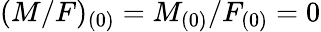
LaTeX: (M/F)_{(0)}=M_{(0)}/F_{(0)}=0